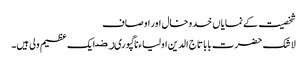
شخصیت کے نمایاں خدوخال اور اوصاف
لا شک حضرت بابا تاج الدین اولیاءناگپوریﺭﺿ ایک عظیم ولی ہیں۔